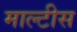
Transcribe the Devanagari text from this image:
माल्टीस